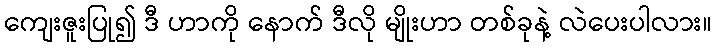
ကျေးဇူးပြု၍ ဒီ ဟာကို နောက် ဒီလို မျိုးဟာ တစ်ခုနဲ့ လဲပေးပါလား။